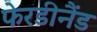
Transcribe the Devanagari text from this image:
फेरडीनैंड